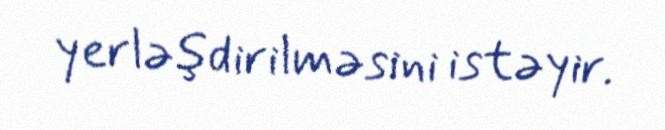
yerləşdirilməsini istəyir.